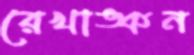
রেখাঙ্কন